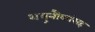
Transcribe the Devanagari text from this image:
शत्रुनौकांसह